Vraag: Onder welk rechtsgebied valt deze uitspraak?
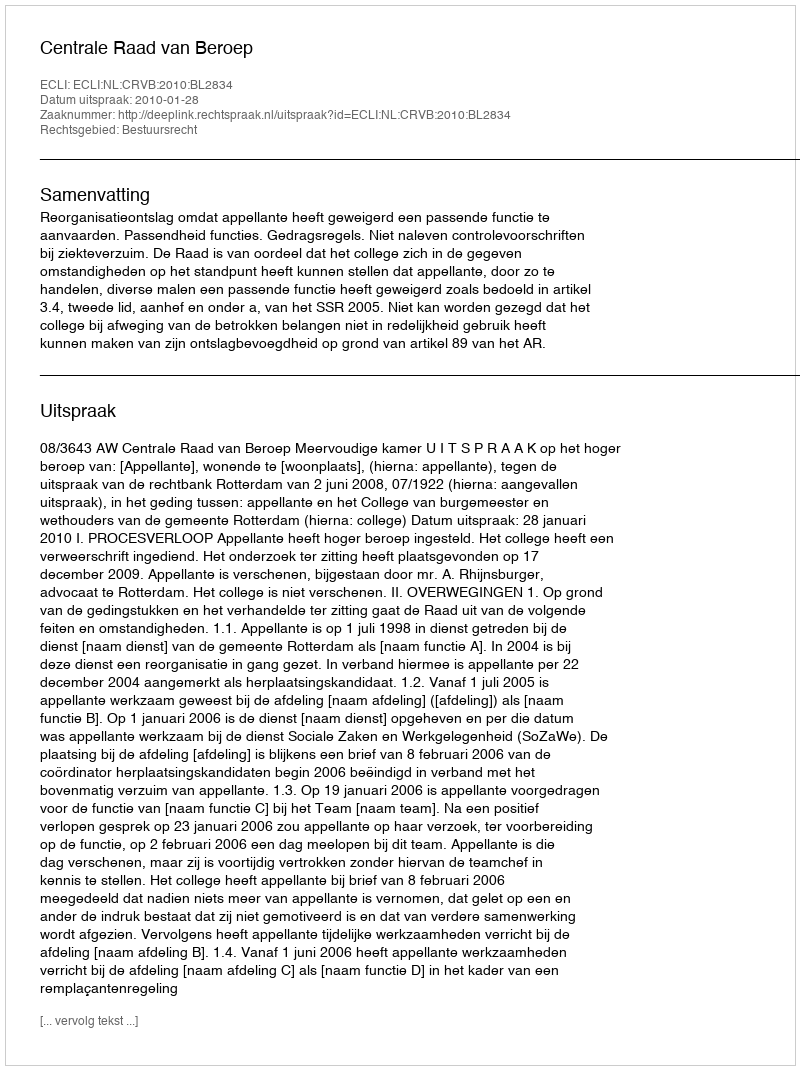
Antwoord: Bestuursrecht